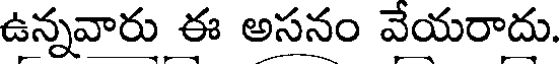
ఉన్నవారు ఈ అసనం వేయరాదు.